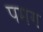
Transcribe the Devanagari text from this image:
पमग